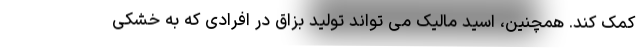
کمک کند. همچنین، اسید مالیک می تواند تولید بزاق در افرادی که به خشکی